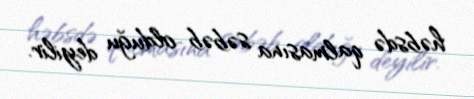
həbsdə qalmasına səbəb olduğu deyilir.